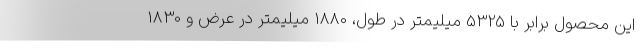
این محصول برابر با 5325 میلیمتر در طول، 1880 میلیمتر در عرض و 1830